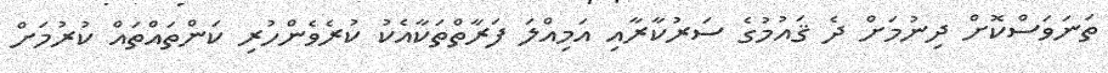
ތަނަވަސްކޮށް ދިނުމަށް ދެ ޤައުމުގެ ސަރުކާރާއި އަމިއްލަ ފަރާތްތަކާއެކު ކުރެވެންހުރި ކަންތައްތައް ކުރުމަށް